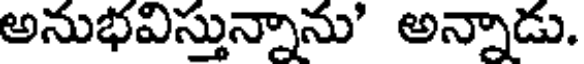
అనుభవిస్తున్నాను' అన్నాడు.